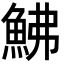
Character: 鮄